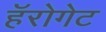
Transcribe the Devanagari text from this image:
हॅरोगेट